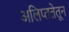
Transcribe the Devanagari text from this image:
अलिप्ततेतून